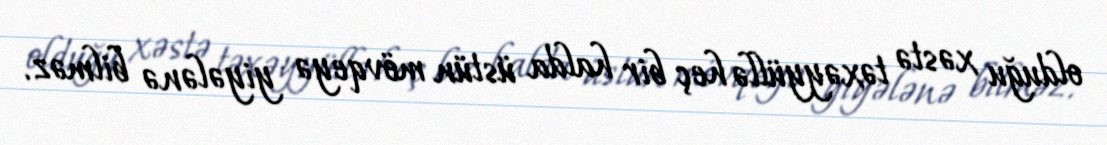
olduğu xəstə təxəyyüllə heç bir halda üstün mövqeyə yiyələnə bilməz.